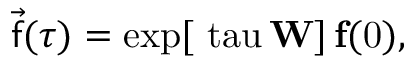
\vec { \mathsf { f } } ( \tau ) = \mathrm { { e x p } [ \ t a u \, \mathbf { W } ] \, \vec { \mathbf { f } } ( 0 ) , }